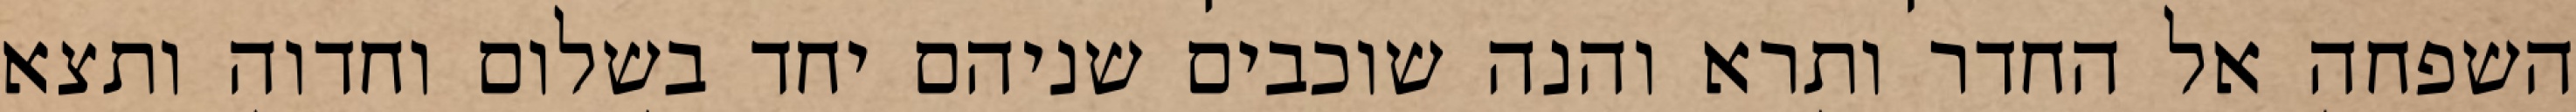
השפחה אל החדר ותרא והנה שוכבים שניהם יחד בשלום וחדוה ותצא